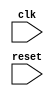
module circuit_behavioral_model(
    input wire clk,
    input wire reset,
    // define additional input/output ports as needed for the circuit functionality
);

always @(posedge reset) begin
    // define operations to be executed when reset signal transitions from low to high
    // implement circuit functionality here
end

endmodule